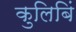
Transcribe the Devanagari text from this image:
कुलिबिं